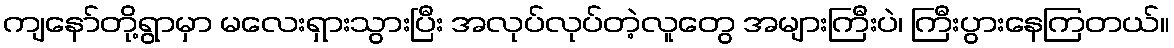
ကျနော်တို့ရွာမှာ မလေးရှားသွားပြီး အလုပ်လုပ်တဲ့လူတွေ အများကြီးပဲ၊ ကြီးပွားနေကြတယ်။